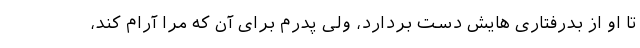
تا او از بدرفتاری هایش دست بردارد، ولی پدرم برای آن که مرا آرام کند،